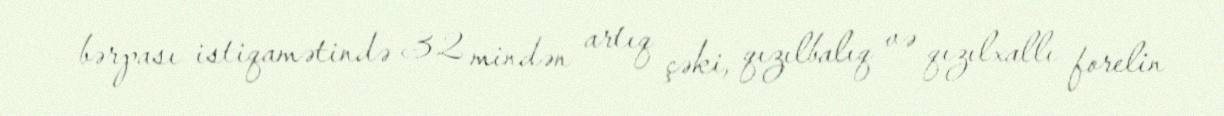
bərpası istiqamətində 32 mindən artıq çəki, qızılbalıq və qızılxallı forelin